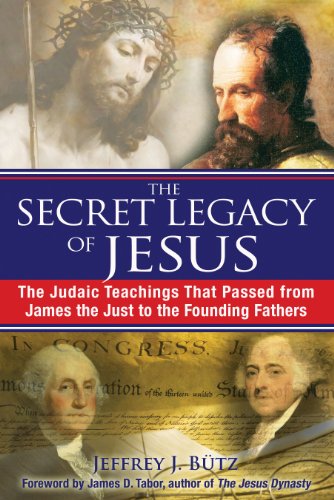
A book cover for The Secret Legacy of Jesus: The Judaic Teachings That Passed from James the Just to the Founding Fathers; Jeffrey J. BÃ¼tz; Religion & Spirituality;